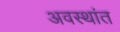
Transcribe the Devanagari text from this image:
अवस्थांत